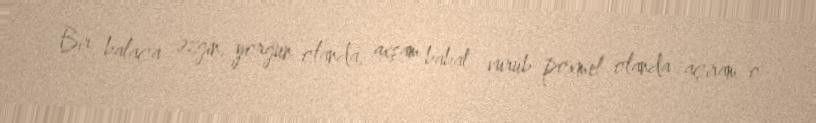
Bir balaca əzgin, yorğun olanda, axşam babat vurub poxmel olanda açıram o